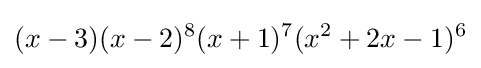
(x-3)(x-2)^{8}(x+1)^{7}(x^{2}+2x-1)^{6}